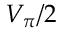
V _ { \pi } / 2